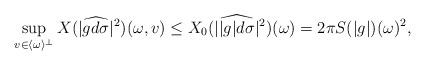
LaTeX: \begin{align*}\sup_{v\in\langle\omega\rangle^\perp}X(|\widehat{gd\sigma}|^2)(\omega,v)\leq X_0(|\widehat{|g|d\sigma}|^2)(\omega)=2\pi S(|g|)(\omega)^2,\end{align*}